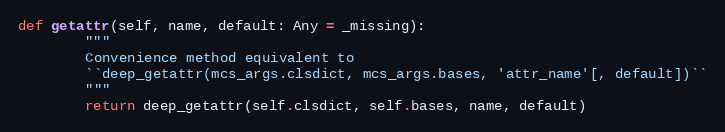
Language: Python
def getattr(self, name, default: Any = _missing):
        """
        Convenience method equivalent to
        ``deep_getattr(mcs_args.clsdict, mcs_args.bases, 'attr_name'[, default])``
        """
        return deep_getattr(self.clsdict, self.bases, name, default)